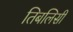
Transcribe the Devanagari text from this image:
तिबलिसी